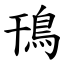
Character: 鳱